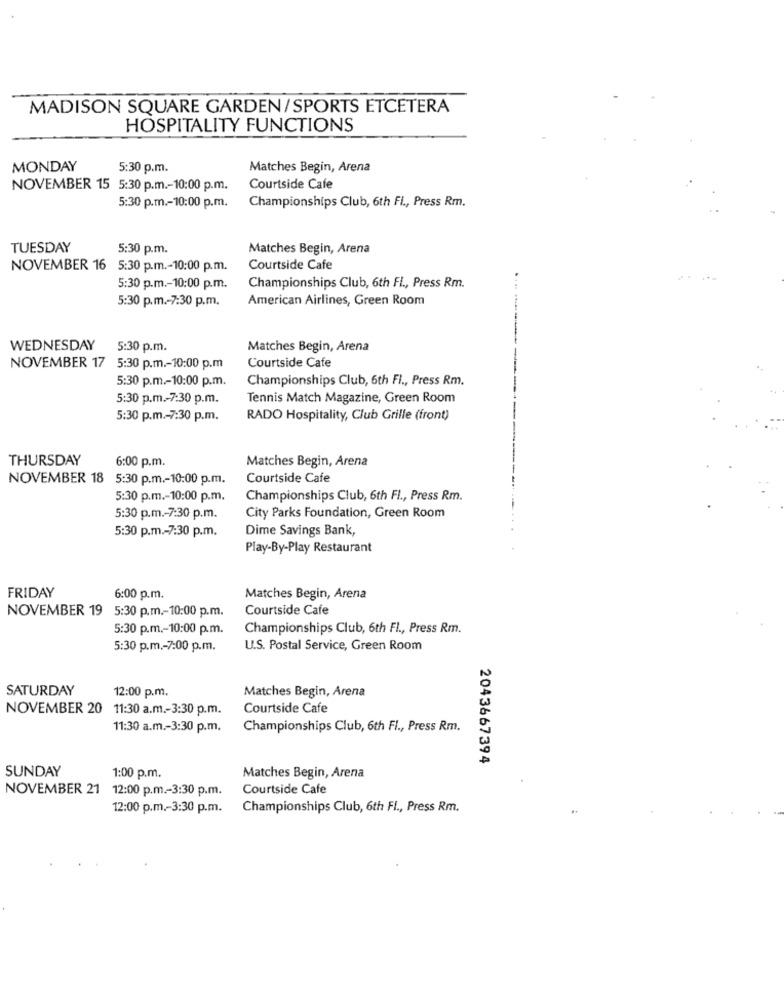
MADISON SQUARE GARDEN/SPORTS ETCETERA
HOSPITALITY FUNCTIONS
MONDAY
5:30 p.m.
Matches Begin, Arena
NOVEMBER 15 5:30 p.m .- 10:00 p.m.
Courtside Cafe
5:30 p.m .- 10:00 p.m.
Championships Club, 6th Fi ., Press Rm.
TUESDAY
5:30 p.m.
Matches Begin, Arena
NOVEMBER 16 5:30 p.m .- 10:00 p.m.
Courtside Cafe
5:30 p.m .- 10:00 p.m.
Championships Club, 6th FI ., Press Rm.
5:30 p.m .- 7:30 p.m.
American Airlines, Green Room
WEDNESDAY
5:30 p.m.
Matches Begin, Arena
NOVEMBER 17 5:30 p.m .- 10:00 p.m
Courtside Cafe
5:30 p.m .- 10:00 p.m.
Championships Club, 6th FI ., Press Rm.
5:30 p.m .- 7:30 p.m.
Tennis Match Magazine, Green Room
5:30 p.m .- 7:30 p.m.
RADO Hospitality, Club Grille (front)
--------
THURSDAY
6:00 p.m.
Matches Begin, Arena
NOVEMBER 18
5:30 p.m .- 10:00 p.m.
Courtside Cafe
5:30 p.m .- 10:00 p.m.
Championships Club, 6th FI ., Press Rm.
5:30 p.m .- 7:30 p.m.
City Parks Foundation, Green Room
5:30 p.m .- 7:30 p.m.
Dime Savings Bank,
Play-By-Play Restaurant
FRIDAY
6:00 p.m.
Matches Begin, Arena
NOVEMBER 19
5:30 p.m .- 10:00 p.m.
Courtside Cafe
5:30 p.m .- 10:00 p.m.
Championships Club, 6th Fl ., Press Rm.
5:30 p.m .- 7:00 p.m.
U.S. Postal Service, Green Room
SATURDAY
Matches Begin, Arena
12:00 p.m.
NOVEMBER 20 11:30 a.m .- 3:30 p.m.
Courtside Cafe
11:30 a.m .- 3:30 p.m.
Championships Club, 6th FI ., Press Rm.
2043667394
SUNDAY
1:00 p.m.
Matches Begin, Arena
NOVEMBER 21
12:00 p.m .- 3:30 p.m.
Courtside Cafe
12:00 p.m .- 3:30 p.m.
Championships Club, 6th FI ., Press Rm.